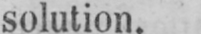
solution.